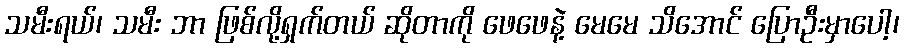
သမီးရယ်၊ သမီး ဘာ ဖြစ်လို့ရှက်တယ် ဆိုတာကို ဖေဖေနဲ့ မေမေ သိအောင် ပြောဦးမှာပေါ့၊